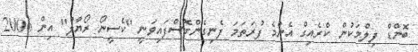
ބޮންޑް ފިލްމަކުން ކްރެއިގް އެންމެ ފުރަތަމަ ފެނިގެންގޮސްފައިވަނީ "ކެސީނޯ ރޯޔާލް" އިން 2006